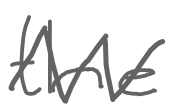
Text: the
Cross-out: zig-zag
Writing tool: digital_gray